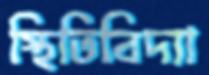
স্থিতিবিদ্যা